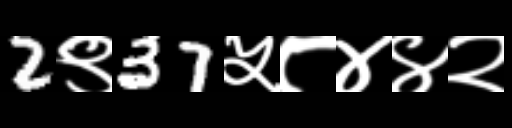
Text: 2९37५८४४२